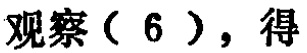
观察（6），得